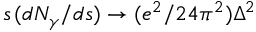
s \, ( d N _ { \gamma } / d s ) \to ( e ^ { 2 } / 2 4 \pi ^ { 2 } ) \Delta ^ { 2 }